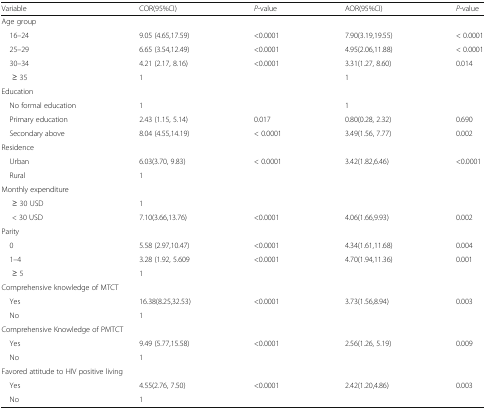
<table><thead><tr><td><b>Variable</b></td><td><b>COR(95%CI)</b></td><td><b><i>P</i>-value</b></td><td><b>AOR(95%CI)</b></td><td><b><i>P</i>-value</b></td></tr></thead><tbody><tr><td colspan="5">Age group</td></tr><tr><td> 16–24</td><td>9.05 (4.65,17.59)</td><td>&lt;0.0001</td><td>7.90(3.19,19.55)</td><td>&lt; 0.0001</td></tr><tr><td> 25–29</td><td>6.65 (3.54,12.49)</td><td>&lt;0.0001</td><td>4.95(2.06,11.88)</td><td>&lt; 0.0001</td></tr><tr><td> 30–34</td><td>4.21 (2.17, 8.16)</td><td>&lt;0.0001</td><td>3.31(1.27, 8.60)</td><td>0.014</td></tr><tr><td>≥ 35</td><td>1</td><td></td><td>1</td><td></td></tr><tr><td colspan="5">Education</td></tr><tr><td> No formal education</td><td>1</td><td></td><td>1</td><td></td></tr><tr><td> Primary education</td><td>2.43 (1.15, 5.14)</td><td>0.017</td><td>0.80(0.28, 2.32)</td><td>0.690</td></tr><tr><td> Secondary above</td><td>8.04 (4.55,14.19)</td><td>&lt; 0.0001</td><td>3.49(1.56, 7.77)</td><td>0.002</td></tr><tr><td colspan="5">Residence</td></tr><tr><td> Urban</td><td>6.03(3.70, 9.83)</td><td>&lt; 0.0001</td><td>3.42(1.82,6.46)</td><td>&lt;0.0001</td></tr><tr><td> Rural</td><td>1</td><td></td><td></td><td></td></tr><tr><td colspan="5">Monthly expenditure</td></tr><tr><td>≥ 30 USD</td><td>1</td><td></td><td></td><td></td></tr><tr><td>&lt; 30 USD</td><td>7.10(3.66,13.76)</td><td>&lt;0.0001</td><td>4.06(1.66,9.93)</td><td>0.002</td></tr><tr><td colspan="5">Parity</td></tr><tr><td> 0</td><td>5.58 (2.97,10.47)</td><td>&lt;0.0001</td><td>4.34(1.61,11.68)</td><td>0.004</td></tr><tr><td> 1–4</td><td>3.28 (1.92, 5.609</td><td>&lt;0.0001</td><td>4.70(1.94,11.36)</td><td>0.001</td></tr><tr><td>≥ 5</td><td>1</td><td></td><td></td><td></td></tr><tr><td colspan="5">Comprehensive knowledge of MTCT</td></tr><tr><td> Yes</td><td>16.38(8.25,32.53)</td><td>&lt;0.0001</td><td>3.73(1.56,8.94)</td><td>0.003</td></tr><tr><td> No</td><td>1</td><td></td><td></td><td></td></tr><tr><td colspan="5">Comprehensive Knowledge of PMTCT</td></tr><tr><td> Yes</td><td>9.49 (5.77,15.58)</td><td>&lt;0.0001</td><td>2.56(1.26, 5.19)</td><td>0.009</td></tr><tr><td> No</td><td>1</td><td></td><td></td><td></td></tr><tr><td colspan="5">Favored attitude to HIV positive living</td></tr><tr><td> Yes</td><td>4.55(2.76, 7.50)</td><td>&lt;0.0001</td><td>2.42(1.20,4.86)</td><td>0.003</td></tr><tr><td> No</td><td>1</td><td></td><td></td><td></td></tr></tbody></table>